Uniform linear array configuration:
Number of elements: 32
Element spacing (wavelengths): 1
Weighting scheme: cosine
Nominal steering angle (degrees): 45
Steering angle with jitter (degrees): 46.842
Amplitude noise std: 0.05
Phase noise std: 0.05

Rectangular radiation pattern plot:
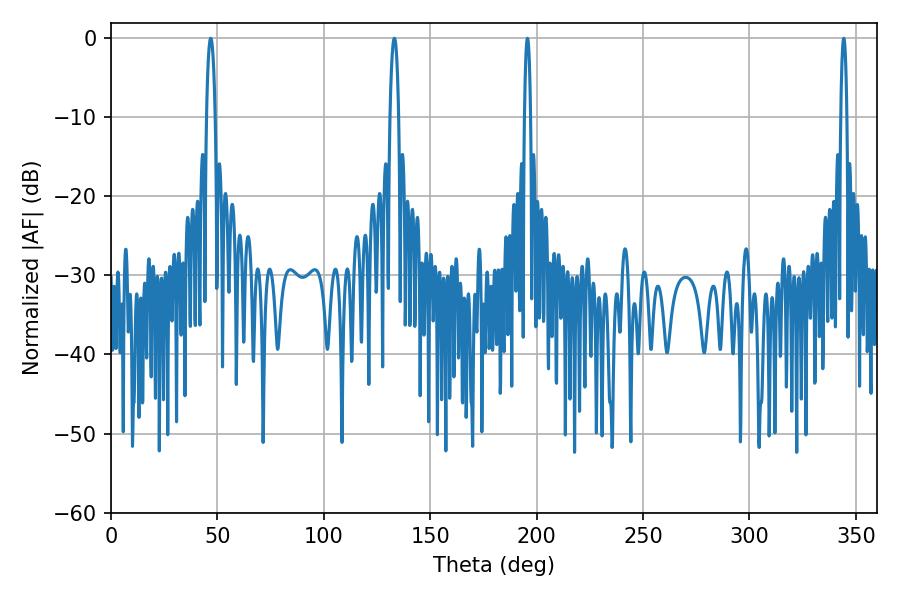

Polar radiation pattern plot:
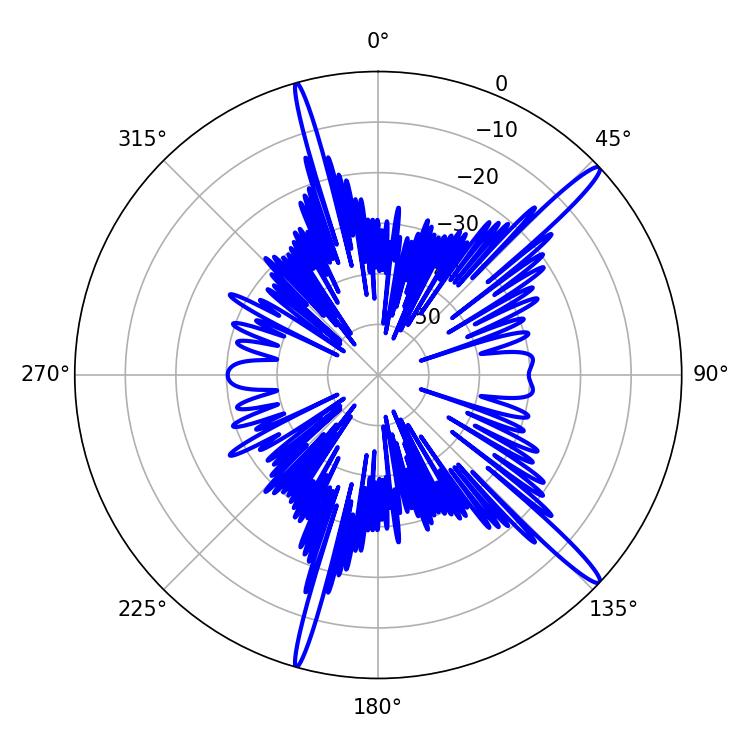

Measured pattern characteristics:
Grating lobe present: TRUE
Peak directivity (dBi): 16.078
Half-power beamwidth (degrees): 1.44
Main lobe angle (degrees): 344.34